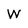
Character: W